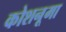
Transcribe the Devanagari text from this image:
कोशनूमा